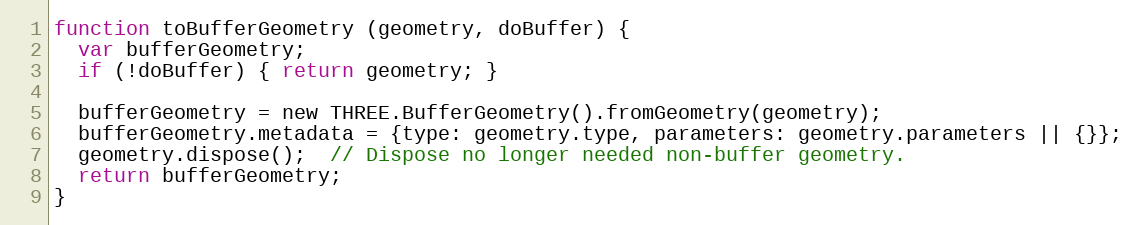
Language: JavaScript
function toBufferGeometry (geometry, doBuffer) {
  var bufferGeometry;
  if (!doBuffer) { return geometry; }

  bufferGeometry = new THREE.BufferGeometry().fromGeometry(geometry);
  bufferGeometry.metadata = {type: geometry.type, parameters: geometry.parameters || {}};
  geometry.dispose();  // Dispose no longer needed non-buffer geometry.
  return bufferGeometry;
}